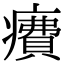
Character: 𤺕